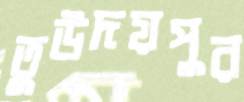
তুউদয়পুর